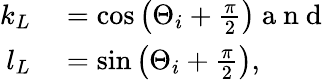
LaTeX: \begin{array}{rl}{k_{L}}&{{}=\cos\left(\Theta_{i}+\frac{\pi}{2}\right)\mathrm{~a~n~d~}}\\ {l_{L}}&{{}=\sin\left(\Theta_{i}+\frac{\pi}{2}\right),}\end{array}